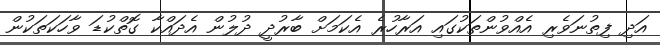
އަދި ފިތުނަވެރި އެއްވުންތަކުގައި އަރާހުރެ އެކަމަށް ބާރުދީ ދުލުން އެދައްކާ ގޮތްކުޑަ ވާހަކަތަކުން